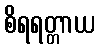
စိရရတ္တာယ